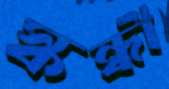
স্কন্ধী